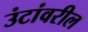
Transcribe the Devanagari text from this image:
उंटांवरील